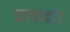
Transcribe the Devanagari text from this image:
वागादोउ